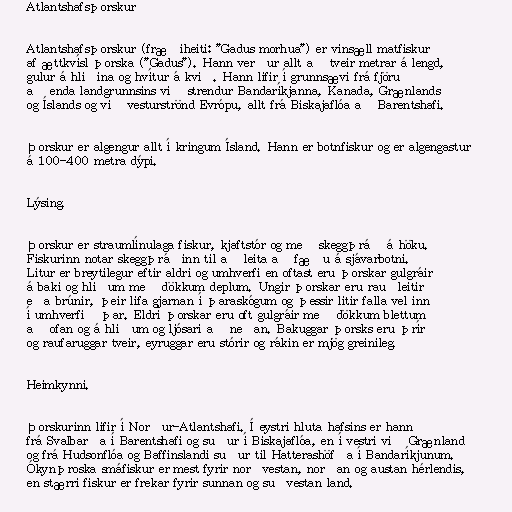
Atlantshafsþorskur

Atlantshafsþorskur (fræðiheiti: "Gadus morhua") er vinsæll matfiskur
af ættkvísl þorska ("Gadus"). Hann verður allt að tveir metrar á lengd,
gulur á hliðina og hvítur á kvið. Hann lifir í grunnsævi frá fjöru
að enda landgrunnsins við strendur Bandaríkjanna, Kanada, Grænlands
og Íslands og við vesturströnd Evrópu, allt frá Biskajaflóa að Barentshafi.

Þorskur er algengur allt í kringum Ísland. Hann er botnfiskur og er algengastur
á 100-400 metra dýpi.

Lýsing.

Þorskur er straumlínulaga fiskur, kjaftstór og með skeggþráð á höku.
Fiskurinn notar skeggþráðinn til að leita að fæðu á sjávarbotni.
Litur er breytilegur eftir aldri og umhverfi en oftast eru þorskar gulgráir
á baki og hliðum með dökkum deplum. Ungir þorskar eru rauðleitir
eða brúnir, þeir lifa gjarnan í þaraskógum og þessir litir falla vel inn
í umhverfið þar. Eldri þorskar eru oft gulgráir með dökkum blettum
að ofan og á hliðum og ljósari að neðan. Bakuggar þorsks eru þrír
og raufaruggar tveir, eyruggar eru stórir og rákin er mjög greinileg.

Heimkynni.

Þorskurinn lifir í Norður-Atlantshafi. Í eystri hluta hafsins er hann
frá Svalbarða í Barentshafi og suður í Biskajaflóa, en í vestri við Grænland
og frá Hudsonflóa og Baffinslandi suður til Hatterashöfða í Bandaríkjunum.
Ókynþroska smáfiskur er mest fyrir norðvestan, norðan og austan hérlendis,
en stærri fiskur er frekar fyrir sunnan og suðvestan land.